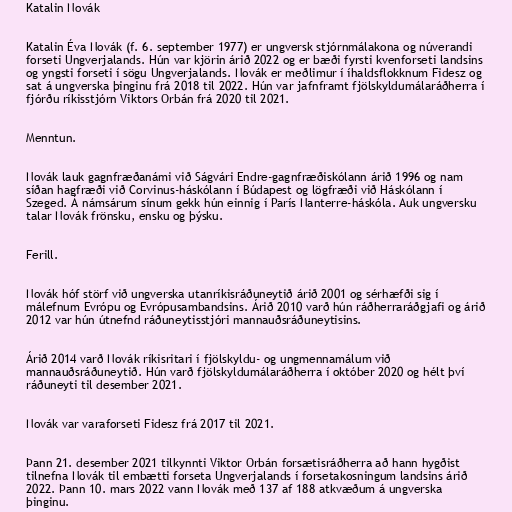
Katalin Novák

Katalin Éva Novák (f. 6. september 1977) er ungversk stjórnmálakona og núverandi
forseti Ungverjalands. Hún var kjörin árið 2022 og er bæði fyrsti kvenforseti landsins
og yngsti forseti í sögu Ungverjalands. Novák er meðlimur í íhaldsflokknum Fidesz og
sat á ungverska þinginu frá 2018 til 2022. Hún var jafnframt fjölskyldumálaráðherra í
fjórðu ríkisstjórn Viktors Orbán frá 2020 til 2021.

Menntun.

Novák lauk gagnfræðanámi við Ságvári Endre-gagnfræðiskólann árið 1996 og nam
síðan hagfræði við Corvinus-háskólann í Búdapest og lögfræði við Háskólann í
Szeged. Á námsárum sínum gekk hún einnig í París Nanterre-háskóla. Auk ungversku
talar Novák frönsku, ensku og þýsku.

Ferill.

Novák hóf störf við ungverska utanríkisráðuneytið árið 2001 og sérhæfði sig í
málefnum Evrópu og Evrópusambandsins. Árið 2010 varð hún ráðherraráðgjafi og árið
2012 var hún útnefnd ráðuneytisstjóri mannauðsráðuneytisins.

Árið 2014 varð Novák ríkisritari í fjölskyldu- og ungmennamálum við
mannauðsráðuneytið. Hún varð fjölskyldumálaráðherra í október 2020 og hélt því
ráðuneyti til desember 2021.

Novák var varaforseti Fidesz frá 2017 til 2021.

Þann 21. desember 2021 tilkynnti Viktor Orbán forsætisráðherra að hann hygðist
tilnefna Novák til embætti forseta Ungverjalands í forsetakosningum landsins árið
2022. Þann 10. mars 2022 vann Novák með 137 af 188 atkvæðum á ungverska
þinginu.